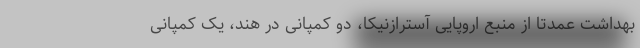
بهداشت عمدتا از منبع اروپایی آسترازنیکا، دو کمپانی در هند، یک کمپانی